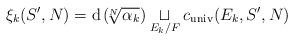
LaTeX: \begin{align*} \xi_k(S', N) = \mathrm{d}\left(\!\!\sqrt[N]{\alpha_k} \right) \underset{E_k / F}{\sqcup} c_{\mathrm{univ}}(E_k, S', N) \end{align*}